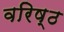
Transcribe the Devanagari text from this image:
वरिष्‍ठ